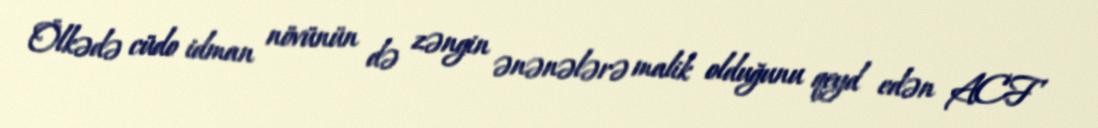
Ölkədə cüdo idman növünün də zəngin ənənələrə malik olduğunu qeyd edən ACF